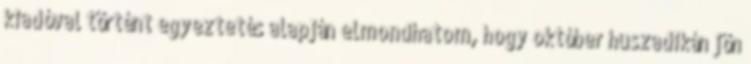
kiadóval történt egyeztetés alapján elmondhatom, hogy október huszadikán jön